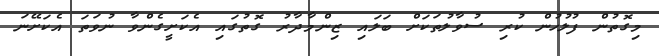
މިގޮތުން ފުލުހުން ކުރި ސުވާލުތަކަށް ބަލައި ޒިންމާދާރު ގޮތުގައި އެކަށީގެންވާ ނުވަތަ އެކަށޭނަ